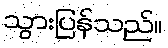
သွားပြန်သည်။